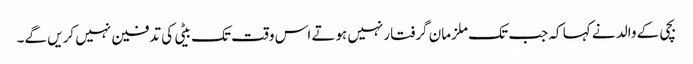
بچی کے والد نے کہا کہ جب تک ملزمان گرفتارنہیں ہوتے اس وقت تک بیٹی کی تدفین نہیں کریں گے۔